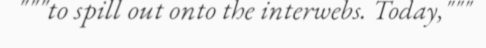
"""to spill out onto the interwebs. Today,"""